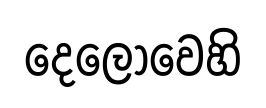
දෙලොවෙහි